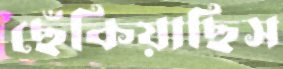
ছেঁকিয়াছিস